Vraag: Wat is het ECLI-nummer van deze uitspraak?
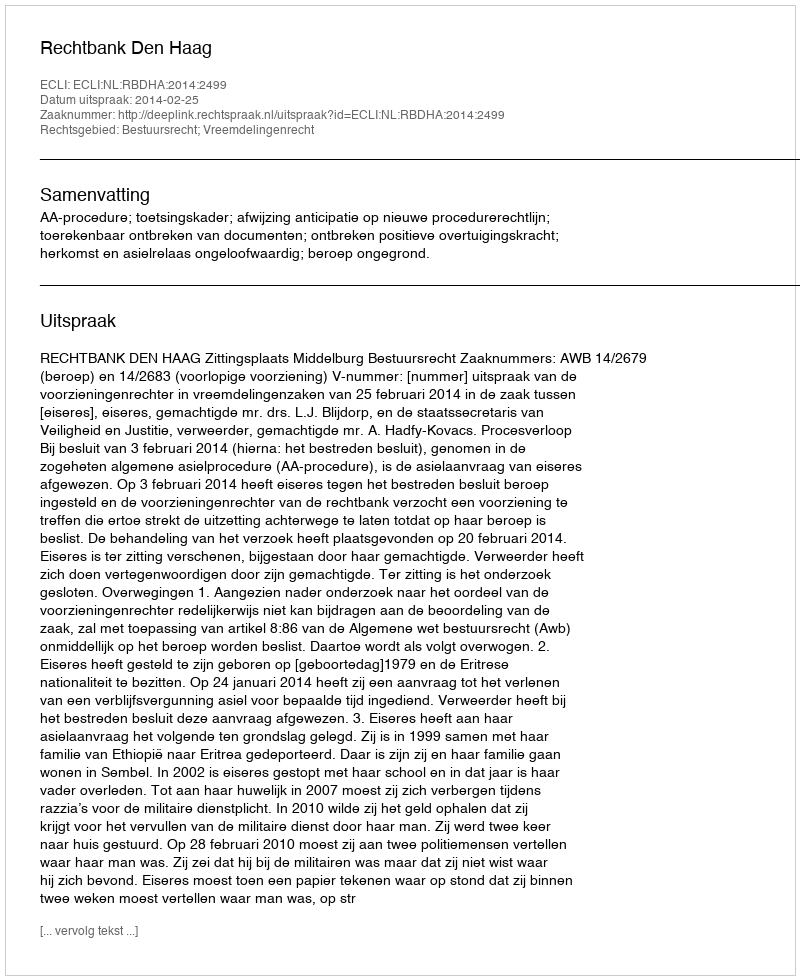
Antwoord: ECLI:NL:RBDHA:2014:2499